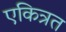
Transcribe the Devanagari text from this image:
एकित्रत